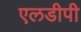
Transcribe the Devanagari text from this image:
एलडीपी